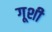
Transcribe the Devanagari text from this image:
गूशी